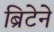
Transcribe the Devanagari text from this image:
ब्रिटेने